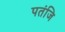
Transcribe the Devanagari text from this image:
पतंजि